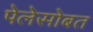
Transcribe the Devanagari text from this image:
पेलेसोबत